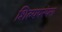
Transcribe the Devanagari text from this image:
शिल्पपरंपरा